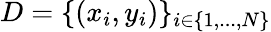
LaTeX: D=\{ (x_{i},y_{i})\} _{i\in\{ 1,...,N\} }